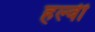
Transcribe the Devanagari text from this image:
हल्वी